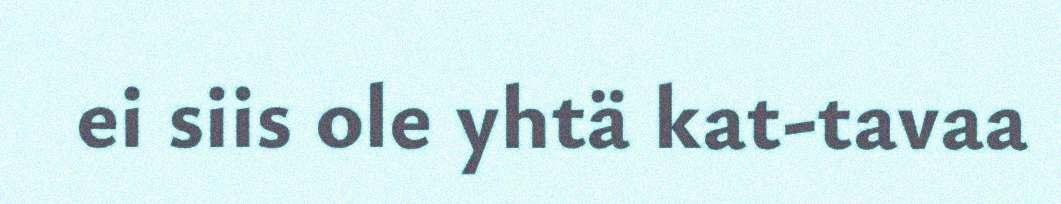
ei siis ole yhtä kat-tavaa